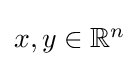
{\textstyle x,y\in \mathbb {R} ^{n}}